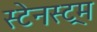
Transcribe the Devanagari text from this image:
स्टेनस्ट्रम